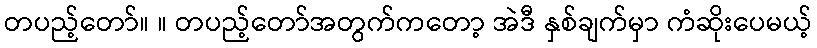
တပည့်တော်။ ။ တပည့်တော်အတွက်ကတော့ အဲဒီ နှစ်ချက်မှာ ကံဆိုးပေမယ့်